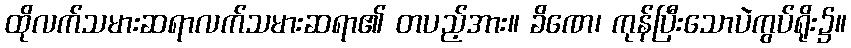
ထိုလက်သမားဆရာလက်သမားဆရာ၏ တပည့်အား။ ခိဏေ၊ ကုန်ပြီးသောပဲကွပ်ရိုး၌။